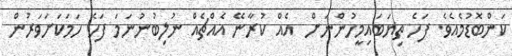
ކަންބޮޑުމެއެވެ. ފަހެ ތިޔަބައިމީހުންނަށް  އެއް ކުރާނޭ އެއްޗެއް ނުލިބުނުނަމަ ފަހެ ހަމަކަށަވަރުން